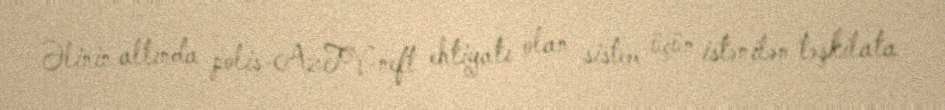
Əlinin altında polis-AzTV-neft ehtiyatı olan sistem üçün istənilən təşkilata